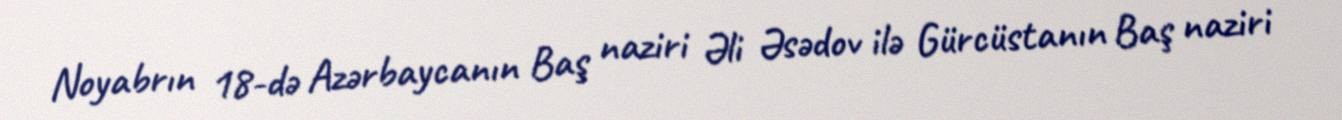
Noyabrın 18-də Azərbaycanın Baş naziri Əli Əsədov ilə Gürcüstanın Baş naziri